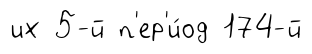
их 5-й п'ер'и́од 174-й